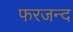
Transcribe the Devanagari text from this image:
फरजन्द